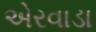
એરવાડા